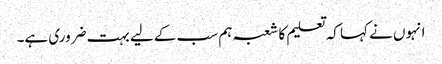
انہوں نے کہا کہ تعلیم کا شعبہ ہم سب کے لیے بہت ضروری ہے۔